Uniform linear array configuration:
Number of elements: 24
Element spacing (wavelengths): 0.25
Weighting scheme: exponential
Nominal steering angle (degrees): -15
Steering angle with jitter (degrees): -14.203
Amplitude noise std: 0.05
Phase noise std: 0.05

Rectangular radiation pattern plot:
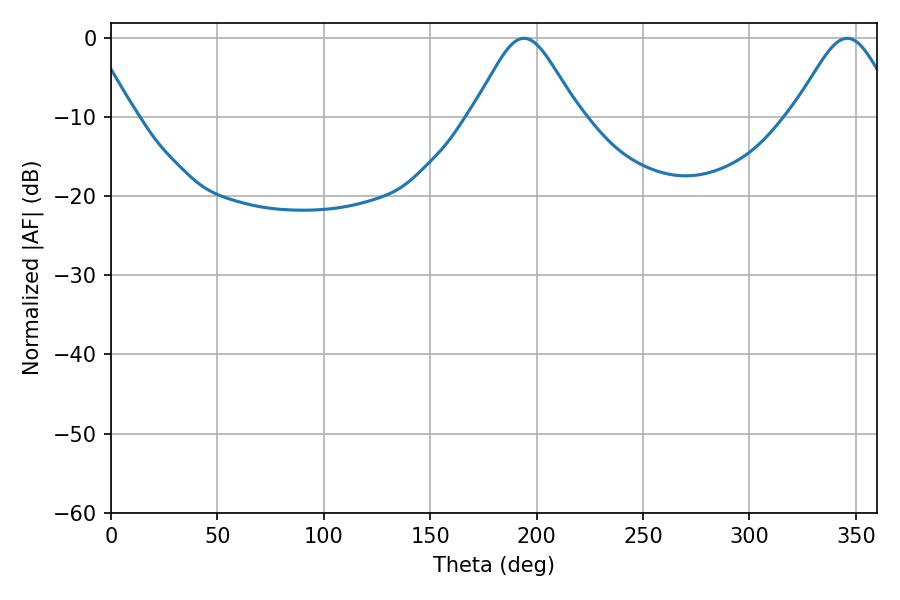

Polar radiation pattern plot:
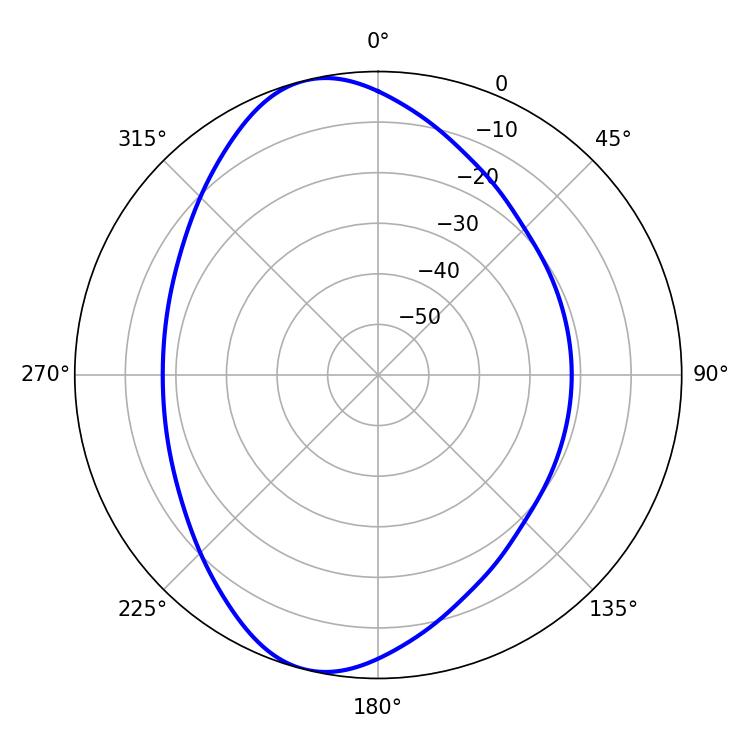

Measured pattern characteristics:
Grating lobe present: FALSE
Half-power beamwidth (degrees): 24.3
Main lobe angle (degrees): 194.04